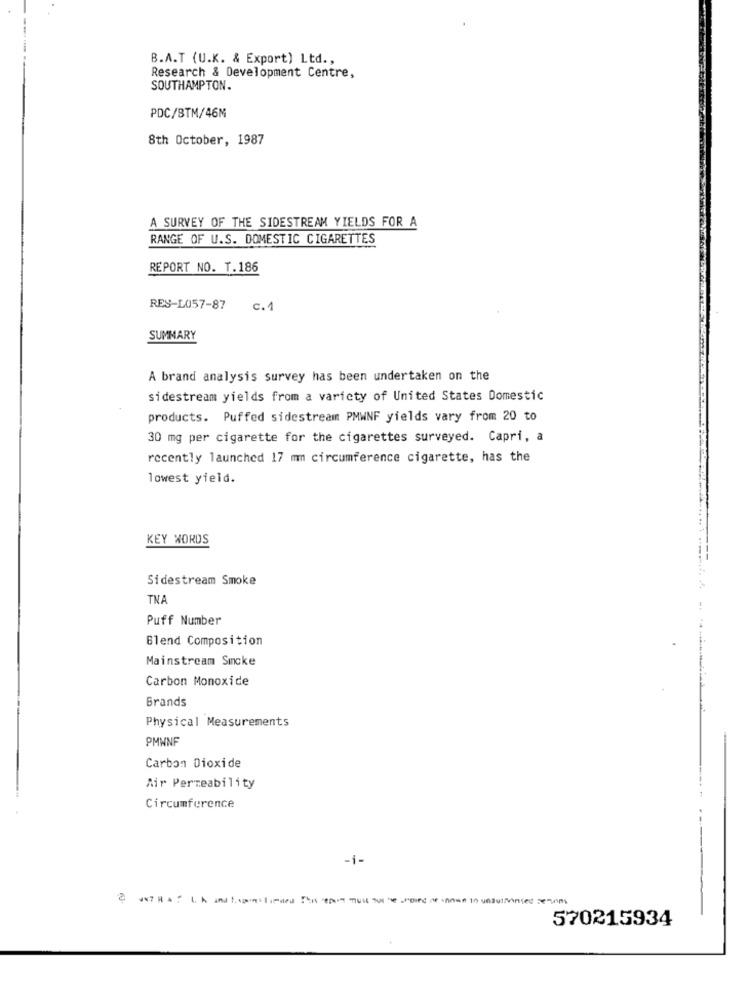
B.A.T (U.K. & Export) Ltd .,
Research & Development Centre,
SOUTHAMPTON.
PDC/BTM/46M
8th October, 1987
A SURVEY OF THE SIDESTREAM YIELDS FOR A
RANGE OF U.S. DOMESTIC CIGARETTES
REPORT NO. T.186
RES-L057-87
c. 1
SUMMARY
A brand analysis survey has been undertaken on the
sidestream yields from a variety of United States Domestic
products. Puffed sidestream PMWNF yields vary from 20 to
30 mg per cigarette for the cigarettes surveyed. Capri, a
recently launched 17 mm circumference cigarette, has the
lowest yield.
KEY WORDS
Sidestream Smoke
TNA
Puff Number
Blend Composition
Mainstream Sincke
Carbon Monoxide
Brands
Physical Measurements
PMWNF
Carbon Dioxide
Air Permeability
Circumference
-i-
570215934